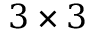
3 \times 3